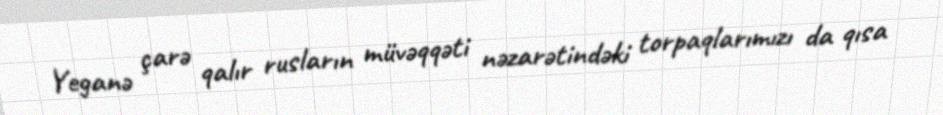
Yeganə çarə qalır rusların müvəqqəti nəzarətindəki torpaqlarımızı da qısa